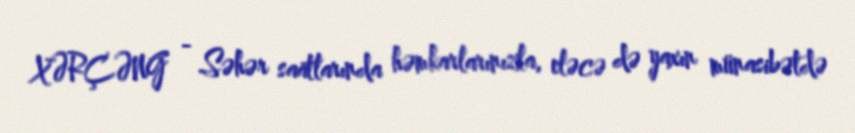
XƏRÇƏNG - Səhər saatlarında həmkarlarınızla, eləcə də yaxın münasibətdə